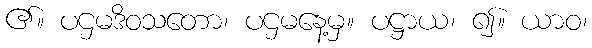
၏။ ပဌမဒိဝသတော၊ ပဌမနေ့မှ။ ပဋ္ဌာယ၊ ၍။ ယာဝ၊